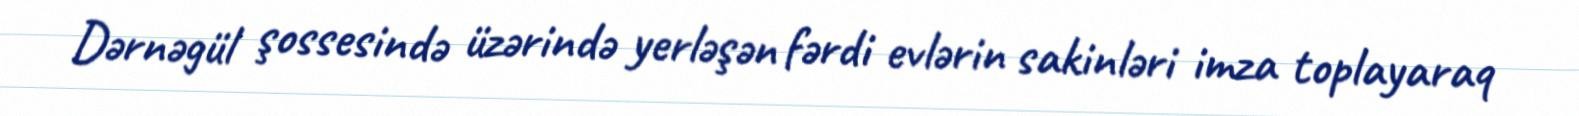
Dərnəgül şossesində üzərində yerləşən fərdi evlərin sakinləri imza toplayaraq